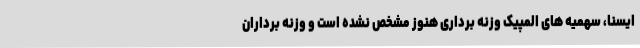
ایسنا، سهمیه های المپیک وزنه برداری هنوز مشخص نشده است و وزنه برداران